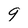
Character: 9